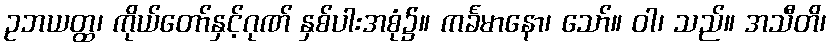
ဥဘယတ္ထ၊ ကိုယ်တော်နှင့်ဂုဏ် နှစ်ပါးအစုံ၌။ ကင်္ခမာနော၊ သော်။ ဝါ၊ သည်။ အသီတိ၊